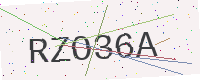
Text: RZO36A